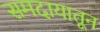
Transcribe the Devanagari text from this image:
समदायातून